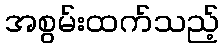
အစွမ်းထက်သည့်